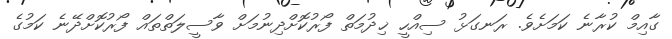
ގާއިމް ކުރާނެ ކަމަށެވެ. ރަނގަޅު ސިއްހީ ޚިދުމަތް ފޯރުކޮށްދިނުމަށް ވާސީލަތްތައް ފޯރުކޮށްދޭނެ ކަމުގެ